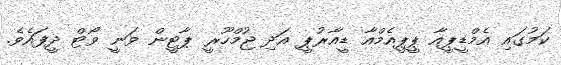
ކަމުގައި އެމްޑީޕީއާ ޕީޕީއެމްއާ ޑީއާރުޕީ އަދި ޖުމްހޫރީ ޕާޓީން ވަނީ ވޯޓް ދީފައެވެ.